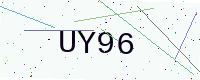
Text: UY96